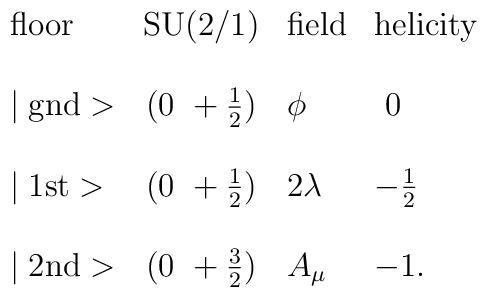
\begin{array}{lcll}\mbox{floor}     & \mbox{SU(2/1)}     & \mbox{field}    & \mbox{helicity} \\\\\mid \mbox{gnd}> & (0~+\frac{1}{2})   & \phi            & ~0 \\\\\mid \mbox{1st}> & (0~+\frac{1}{2})   & 2\lambda        & -\frac{1}{2} \\\\\mid \mbox{2nd}> & (0~+\frac{3}{2})   & A_\mu           & -1.\\\end{array}